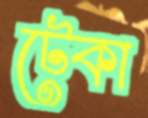
টেকা